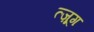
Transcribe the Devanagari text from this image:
त्ज़ूग